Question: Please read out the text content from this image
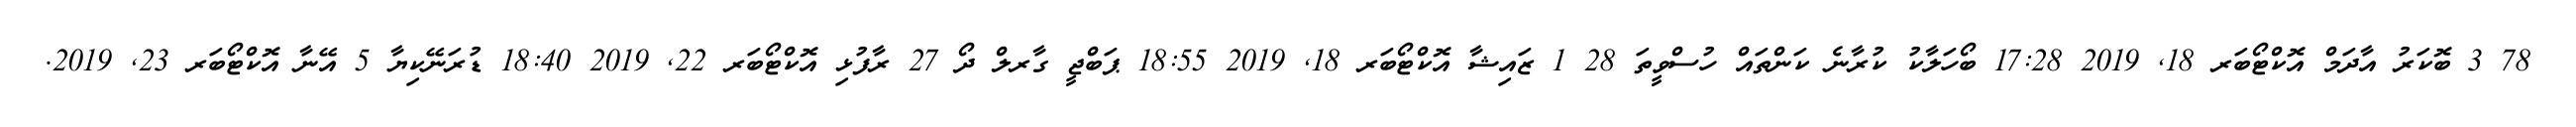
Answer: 78 3 ބޮކަރު އާދަމް އޮކްޓޯބަރ 18, 2019 17:28 ބޯހަލާކު ކުރާނެ ކަންތައް ހުސްވީތަ 28 1 ޒައިޝާ އޮކްޓޯބަރ 18, 2019 18:55 ޕަބްޖީ ގާރލް ދޯ 27 ރާފުޅި އޮކްޓޯބަރ 22, 2019 18:40 ޑުރަނޭކިޔާ 5 އޭނާ އޮކްޓޯބަރ 23, 2019.